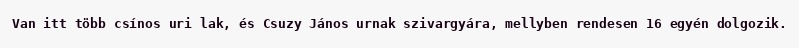
Van itt több csínos uri lak, és Csuzy János urnak szivargyára, mellyben rendesen 16 egyén dolgozik.